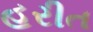
હરીત